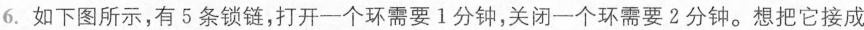
6. 如下图所示，有 5 条锁链，打开一个环需要 1 分钟，关闭一个环需要 2 分钟。想把它接成